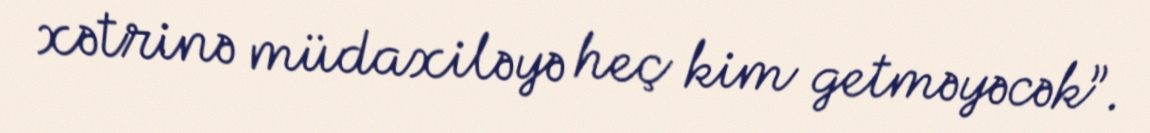
xətrinə müdaxiləyə heç kim getməyəcək”.